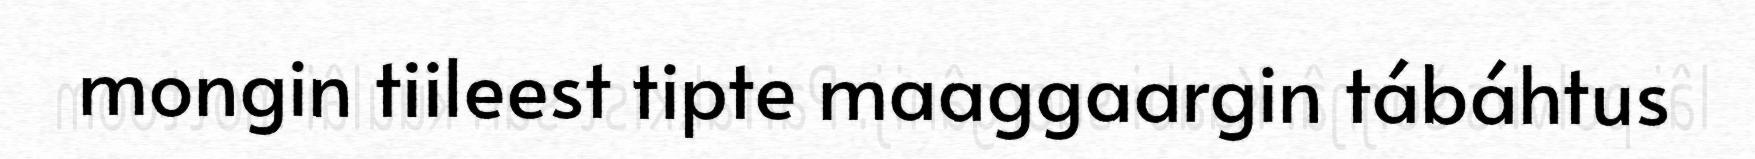
mongin tiileest tipte maaggaargin tábáhtus